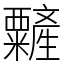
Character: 䊲